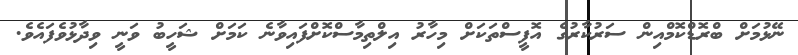
ނޭޅުމަށް ބްރޮޑްކޮމްއިން ސަރުކާރުގެ އޮފީސްތަކަށް މިހާރު އިލްތިމާސްކޮށްފައިވާނެ ކަމަށް ޝަހީބު ވަނީ ވިދާޅުވެފައެވެ.